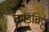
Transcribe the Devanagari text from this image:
चमड़चिट्ट